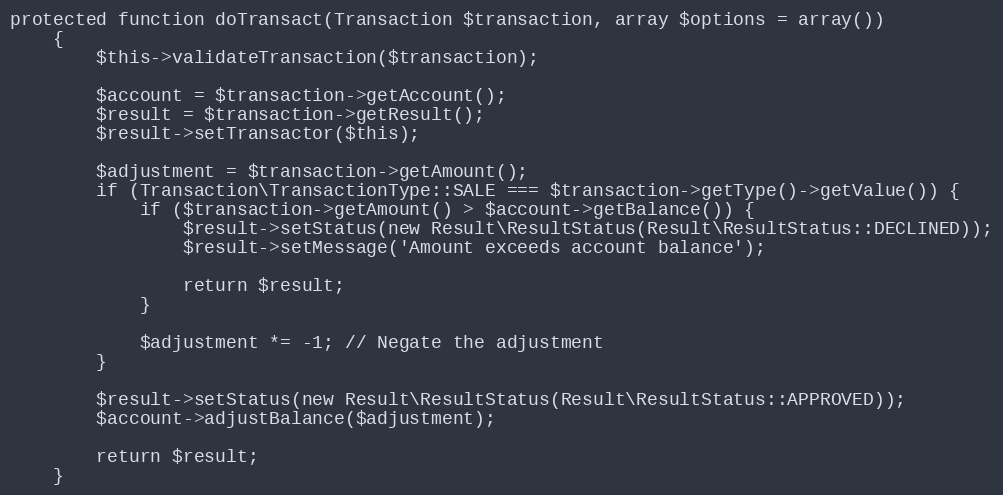
Language: PHP
protected function doTransact(Transaction $transaction, array $options = array())
    {
        $this->validateTransaction($transaction);

        $account = $transaction->getAccount();
        $result = $transaction->getResult();
        $result->setTransactor($this);

        $adjustment = $transaction->getAmount();
        if (Transaction\TransactionType::SALE === $transaction->getType()->getValue()) {
            if ($transaction->getAmount() > $account->getBalance()) {
                $result->setStatus(new Result\ResultStatus(Result\ResultStatus::DECLINED));
                $result->setMessage('Amount exceeds account balance');

                return $result;
            }

            $adjustment *= -1; // Negate the adjustment
        }

        $result->setStatus(new Result\ResultStatus(Result\ResultStatus::APPROVED));
        $account->adjustBalance($adjustment);

        return $result;
    }